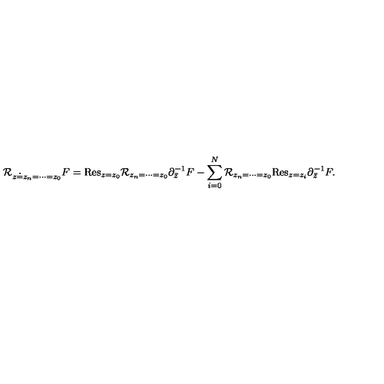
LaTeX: { \cal R } _ { z \doteq z _ { n } = \cdots = z _ { 0 } } F = \mathrm { R e s } _ { z = z _ { 0 } } { \cal R } _ { z _ { n } = \cdots = z _ { 0 } } \partial _ { \bar { z } } ^ { - 1 } F - \sum _ { i = 0 } ^ { N } { \cal R } _ { z _ { n } = \cdots = z _ { 0 } } \mathrm { R e s } _ { z = z _ { i } } \partial _ { \bar { z } } ^ { - 1 } F .